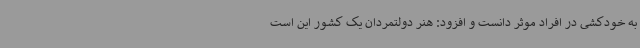
به خودکشی در افراد موثر دانست و افزود: هنر دولتمردان یک کشور این است